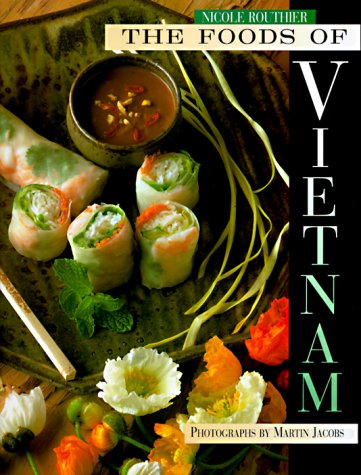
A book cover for The Foods of Vietnam; Nicole Routhier; Cookbooks, Food & Wine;